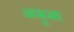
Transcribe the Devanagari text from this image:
अजुआ